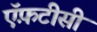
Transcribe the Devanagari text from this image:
ऍफ़टीसी